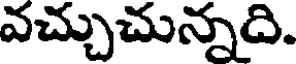
వచ్చుచున్నది.